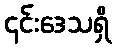
၎င်းဒေသရှိ